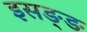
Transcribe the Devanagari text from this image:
इसङ्ङ